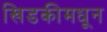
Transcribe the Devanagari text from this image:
खिडकीमधून